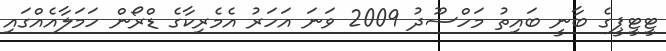
ޓީޓީޕީގެ ބާނީ ބައިތު މަހްސޫދު 2009 ވަނަ އަހަރު އެމެރިކާގެ ޑްރޯން ހަމަލާއެއްގައި